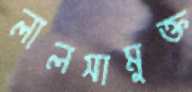
লালসামুক্ত